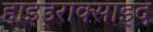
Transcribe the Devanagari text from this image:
हाइड्राक्साइद